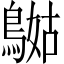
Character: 𪂯